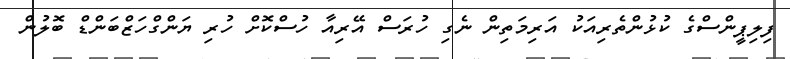
ފިލިޕީންސްގެ ކުޅުންތެރިއަކު އަރިމަތިން ނެގި ހުރަސް އޭރިއާ ހުސްކޮށް ހުރި ޔަންގްހަޒްބަންޑް ބޮލުން